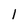
Character: 1